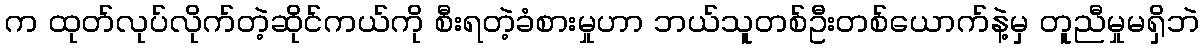
က ထုတ်လုပ်လိုက်တဲ့ဆိုင်ကယ်ကို စီးရတဲ့ခံစားမှုဟာ ဘယ်သူတစ်ဦးတစ်ယောက်နဲ့မှ တူညီမှုမရှိဘဲ